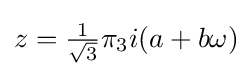
z={\tfrac {1}{\sqrt {3}}}\pi _{3}i(a+b\omega )